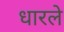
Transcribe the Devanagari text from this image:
धारले